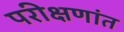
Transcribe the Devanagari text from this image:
परीक्षणांत